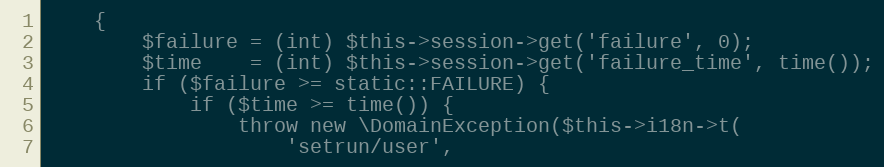
Language: PHP
    {
        $failure = (int) $this->session->get('failure', 0);
        $time    = (int) $this->session->get('failure_time', time());
        if ($failure >= static::FAILURE) {
            if ($time >= time()) {
                throw new \DomainException($this->i18n->t(
                    'setrun/user',